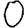
Digit: 0